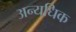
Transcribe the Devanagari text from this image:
अन्यधिक